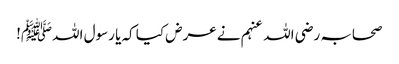
صحابہ رضی اللہ عنہم نے عرض کیا کہ یا رسول اللہﷺ!